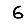
Digit: 6